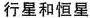
行星和恒星